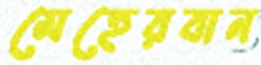
মেহেরবান